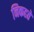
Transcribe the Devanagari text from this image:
निकहते